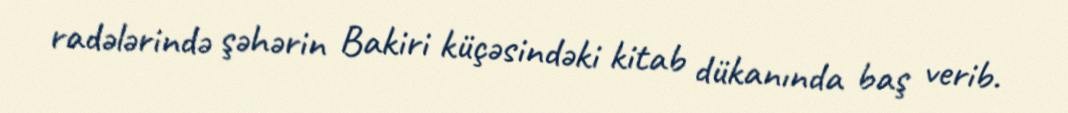
radələrində şəhərin Bakiri küçəsindəki kitab dükanında baş verib.